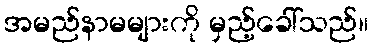
အမည်နာမများကို မှည့်ခေါ်သည်။